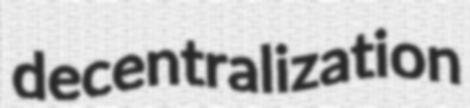
decentralization